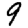
Digit: 9